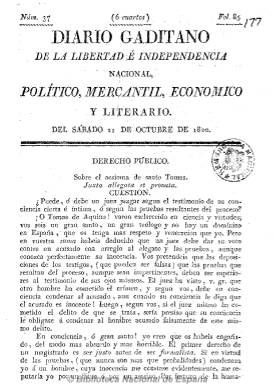
Título: Diario gaditano de la libertad e independencia nacional, político mercantil, económico y literario
Otros títulos: Diario gaditano
Colección: Periódicos anteriores a 1850
Ámbito geográfico: Cádiz
Lugar de publicación: Cádiz
Fechas: 21/10/1820-06/02/1821

Conocido también con su título reducido a Diario gaditano, es el periódico más significativo, avanzado, beligerante y polémico del partido liberal en Cádiz durante el Trienio Liberal. Dirigido y redactado por el ex sacerdote vizcaíno y figura popular del periodo Antonio Olabarrieta (1763-1822), que utilizó el seudónimo de Clara-Rosa o Clararrosa. Comenzó a publicarse el 15 de septiembre de 1820 en números, generalmente, de cuatro páginas y sus contenidos eran noticias políticas nacionales, locales y extranjeras, así como polémicos artículos remitidos y de fondo, avisos, algunos anuncios y traducciones del francés e, incluso, sobre modas femeninas, del que su director es uno de sus introductores en el periodismo español.

Refleja la evolución del liberalismo doceañista al de nuevo cuño del trienio, desde un reformismo de las instituciones eclesiásticas a un anticlericalismo y liberalismo a ultranza y un incipiente republicanismo, en especial desde 1821. Destaca también su carácter polemista, que le llevó a enfrentamientos dialécticos tanto con rivales como amigos, desde Fray Lasso de la Vega, José Fernández de Castro y el obispo de Cádiz, Francisco Javier Cienfuegos, hasta Alcalá Galiano. Su director llegará a ser detenido y sometido a proceso, muriendo cuando se encontraba encarcelado.

A su muerte, a partir del uno de enero de 1823 será continuado por El constitucional de Cádiz, que seguirán redactado sus compañeros, hasta su desaparición el 27 de septiembre de 1823. Fue estampado en diferentes imprentas, en la de Roquero, la de Hércules y una propia con el nombre de Sincera Unión.

El estudio en profundidad de este periódico, emparentado con El zurriago, el periódico exaltado por antonomasia del Trienio Liberal, y de la figura de su popular y polemista director se debe a Beatriz Sánchez Hita desde la Universidad de Cádiz.